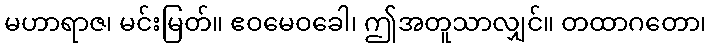
မဟာရာဇ၊ မင်းမြတ်။ ဧဝမေဝခေါ၊ ဤအတူသာလျှင်။ တထာဂတော၊